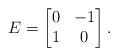
LaTeX: \begin{align*} E = \begin{bmatrix} 0 & -1 \\ 1 & 0 \end{bmatrix}.\end{align*}